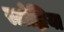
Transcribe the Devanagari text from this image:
स्टोझ्निया